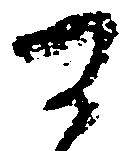
可